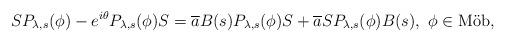
LaTeX: \begin{align*}SP_{\lambda, s}(\phi) - e^{i \theta} P_{\lambda, s}(\phi) S = \overline{a} B(s) P_{\lambda, s}(\phi) S + \overline{a} S P_{\lambda, s}(\phi) B(s),\,\, \phi \in \mbox{M\"{o}b}, \end{align*}